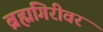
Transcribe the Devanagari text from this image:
ब्रह्मगिरीवर